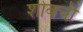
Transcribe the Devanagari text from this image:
शोबची